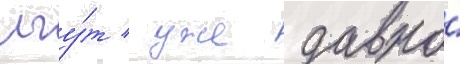
лгу́т / уже давно́